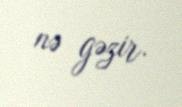
nə gəzir.